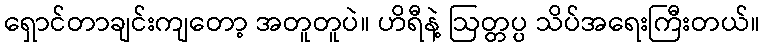
ရှောင်တာချင်းကျတော့ အတူတူပဲ။ ဟိရီနဲ့ ဩတ္တပ္ပ သိပ်အရေးကြီးတယ်။